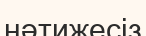
нәтижесіз